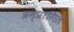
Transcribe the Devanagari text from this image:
प्रम्प्रागित